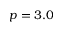
p = 3 . 0